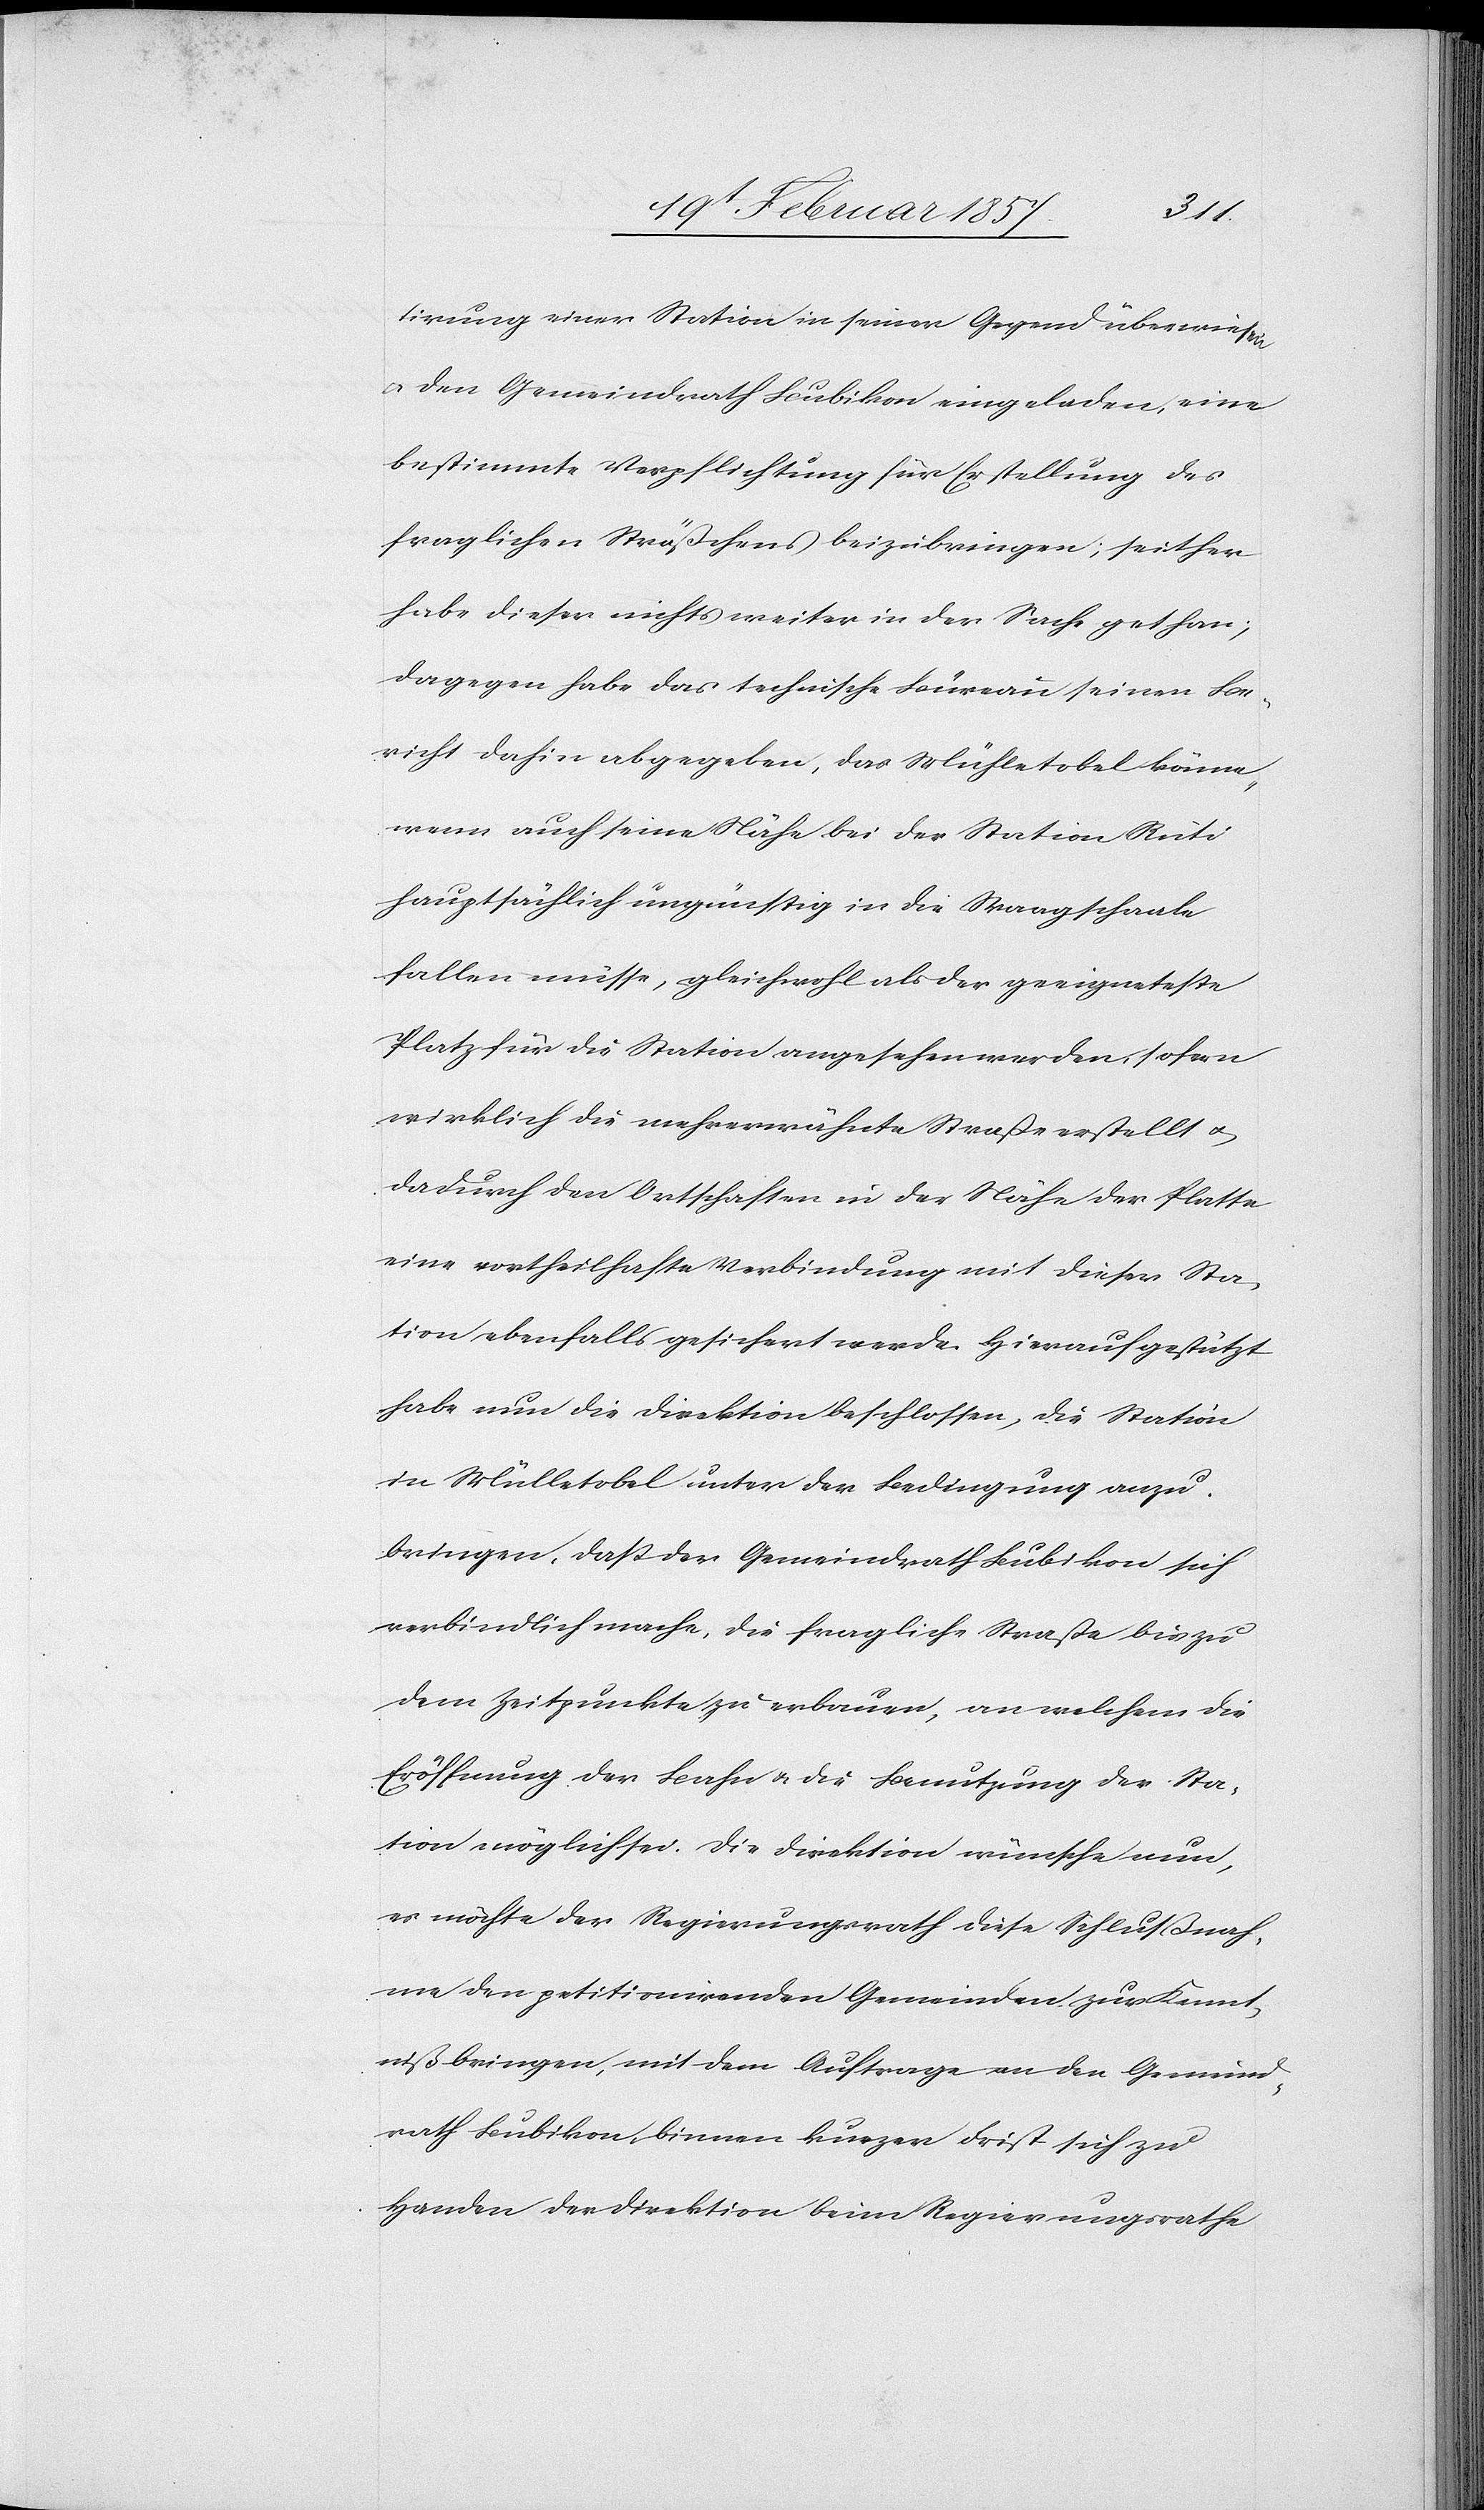
tirung einer Station in seiner Gegend überwiesen
u. den Gemeindrath Bubikon eingeladen, eine
bestimmte Verpflichtung für Erstellung des
fraglichen Sträßchens beizubringen; seither
habe dieser nichts weiter in der Sache gethan;
dagegen habe das technische Büreau seinen Be¬
richt dahin abgegeben, das Mühletobel könne,
wenn auch seine Nähe bei der Station Rüti
hauptsächlich ungünstig in die Waagschaale
fallen müsse, gleichwohl als der geeigneteste
Platz für die Station angesehen werden, sofern
wirklich die mehrerwähnte Straße erstellt u.
dadurch den Ortschaften in der Nähe der Platte
eine vortheilhafte Verbindung mit dieser Sta¬
tion ebenfalls gesichert werde. Hierauf gestützt
habe nun die Direktion beschlossen, die Station
in Mülletobel unter der Bedingung anzu¬
bringen, daß der Gemeindrath Bubikon sich
verbindlich mache, die fragliche Straße bis zu
dem Zeitpunkte zu erbauen, an welchem die
Eröffnung der Bahn u. die Benutzung der Sta¬
tion möglich sei. Die Direktion wünsche nun,
es möchte der Regierungsrath diese Schlußnah¬
me den petitionirenden Gemeinden zur Kennt¬
niß bringen, mit dem Auftrage an den Gemeind¬
rath Bubikon, binnen kurzer Frist sich zu
Handen der Direktion beim Regierungsrathe